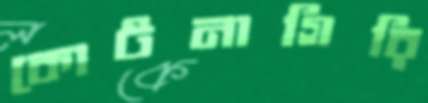
কোটনাগিরি